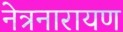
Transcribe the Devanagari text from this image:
नेत्रनारायण